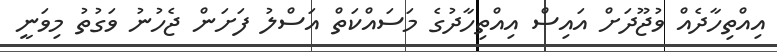
އިއްތިހާދެއް ވުޖޫދަށް އައިސް އިއްތިހާދުގެ މަސައްކަތް އަސްލު ފަށަން ޖެހުނު ވަގުތު މިވަނީ